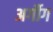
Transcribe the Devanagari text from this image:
अर्गौग